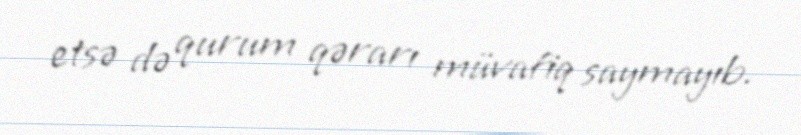
etsə də qurum qərarı müvafiq saymayıb.